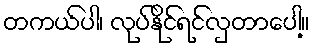
တကယ်ပါ၊ လုပ်နိုင်ရင်လှတာပေါ့။